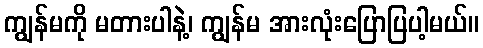
ကျွန်မကို မတားပါနဲ့၊ ကျွန်မ အားလုံးပြောပြပါ့မယ်။